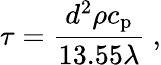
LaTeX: \tau=\frac{d^{2}\rho c_{\mathrm{p}}}{13.55\lambda}~,